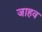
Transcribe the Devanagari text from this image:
जाहव